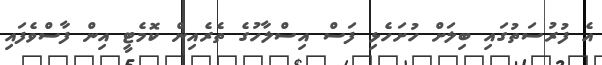
އެ ފުރުސަތުގައި ބިލަށް ހުށަހެޅި ފަސް އިސްލާހުގެ ތެރެއިން ކޮމެޓީ އިން ފާސްވެފައި